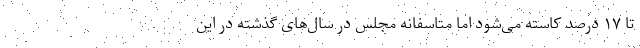
تا ۱۷ درصد کاسته می‌شود اما متاسفانه مجلس در سال‌های گذشته در این